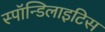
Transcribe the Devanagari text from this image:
स्पॉन्डिलाइटिस